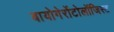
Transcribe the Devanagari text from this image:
बायोगेरोंटोलॉजिस्ट